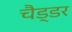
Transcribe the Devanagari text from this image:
चैड्डर